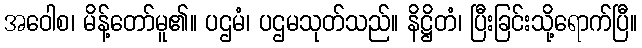
အဝေါစ၊ မိန့်တော်မူ၏။ ပဌမံ၊ ပဌမသုတ်သည်။ နိဋ္ဌိတံ၊ ပြီးခြင်းသို့ရောက်ပြီ။